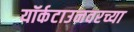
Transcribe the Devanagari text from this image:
यॉर्कटाउनवरच्या